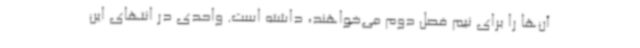
آن‌ها را برای نیم فصل دوم می‌خواهند، داشته ‌است. واحدی در انتهای این